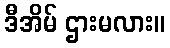
ဒီအိမ် ဌားမလား။